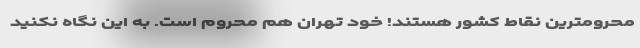
محرومترین نقاط کشور هستند! خود تهران هم محروم است. به این نگاه نکنید